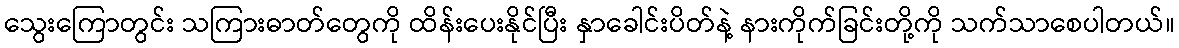
သွေးကြောတွင်း သကြားဓာတ်တွေကို ထိန်းပေးနိုင်ပြီး နှာခေါင်းပိတ်နဲ့ နားကိုက်ခြင်းတို့ကို သက်သာစေပါတယ်။